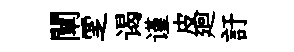
闡覂谒谨皮廻訏